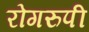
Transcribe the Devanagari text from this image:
रोगरुपी